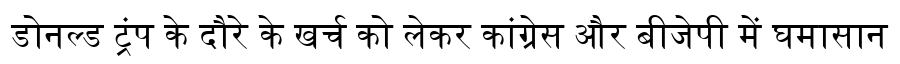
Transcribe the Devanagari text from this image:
डोनल्ड ट्रंप के दौरे के खर्च को लेकर कांग्रेस और बीजेपी में घमासान